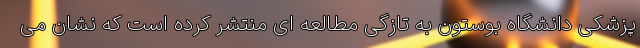
پزشکی دانشگاه بوستون به تازگی مطالعه ای منتشر کرده است که نشان می